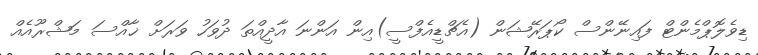
ޑިވެލޮޕްމެންޓް ފައިނޭންސް ކޯޕަރޭޝަން (އެޗްޑީއެފްސީ)އިން އަންނަ އާދީއްތަ ދުވަހު ވަރަށް ޚާއްސަ މަޝްރޫއެއް